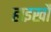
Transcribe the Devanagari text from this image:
हाइखौ